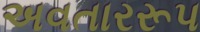
અવતારરૂપ